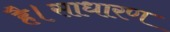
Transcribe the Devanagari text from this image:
है।साधारण